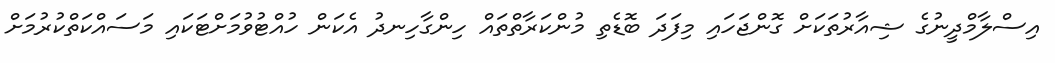
އިސްލާމްދީނުގެ ޝިއާރުތަކަށް ގޮންޖަހައި މިފަދަ ބޮޑެތި މުންކަރާތްތައް ހިންގާހިނދު އެކަން ހުއްޓުވުމަށްޓަކައި މަސައްކަތްކުރުމަށް